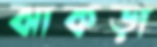
ঝাকড়া